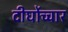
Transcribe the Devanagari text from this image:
दीर्घोच्चार